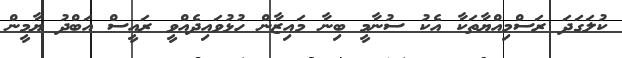
ކުލަގަދަ ރަސްމިއްޔާތަކާ އެކު ސުނާމީ ބިނާ މައިޒާން ހުޅުވައިދެއްވީ ރައީސް އަބްދު ޔާމީން